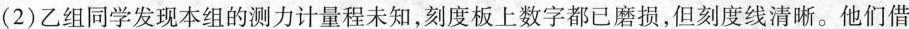
(2)乙组同学发现本组的测力计量程未知，刻度板上数字都已磨损，但刻度线清晰。他们借